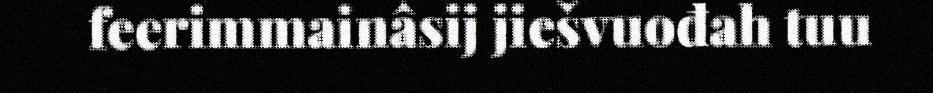
feerimmainâsij jiešvuođah tuu